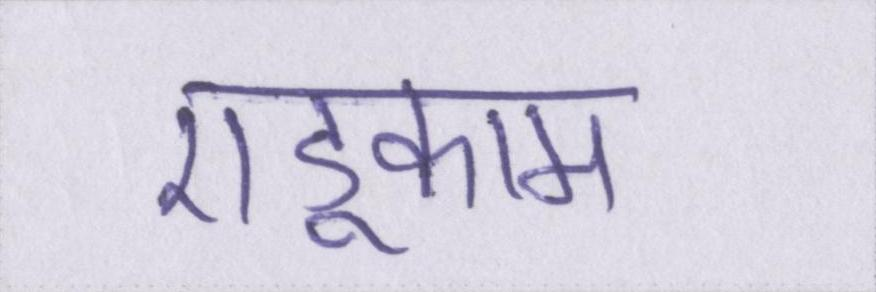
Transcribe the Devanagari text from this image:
एडूकाम